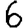
Digit: 6